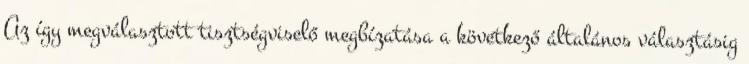
Az így megválasztott tisztségviselő megbízatása a következő általános választásig